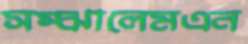
সম্‌ঝালেমএন